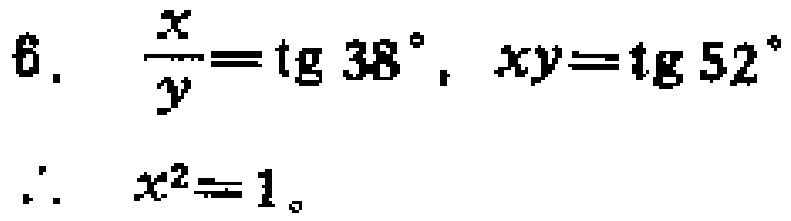
6. $\frac{x}{y}=\mathrm{tg}\ 38^{\circ},\ xy = \mathrm{tg}\ 52^{\circ}$
$\therefore\ x^{2}=1$。